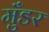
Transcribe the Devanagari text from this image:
मुँडर